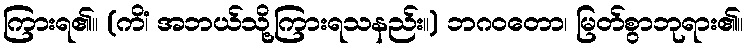
ကြားရ၏။ (ကိံ၊ အဘယ်သို့ကြားရသနည်း။) ဘဂဝတော၊ မြတ်စွာဘုရား၏။